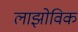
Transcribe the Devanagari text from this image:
लाझोविक